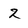
Character: 2